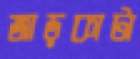
জাড়কাটা